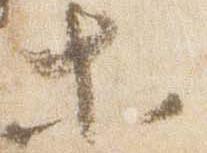
等